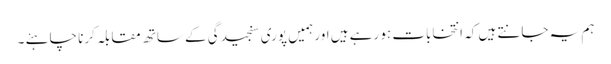
ہم یہ جانتے ہیں کہ انتخابات ہو رہے ہیں اور ہمیں پوری سنجیدگی کے ساتھ مقابلہ کرنا چاہئے ۔